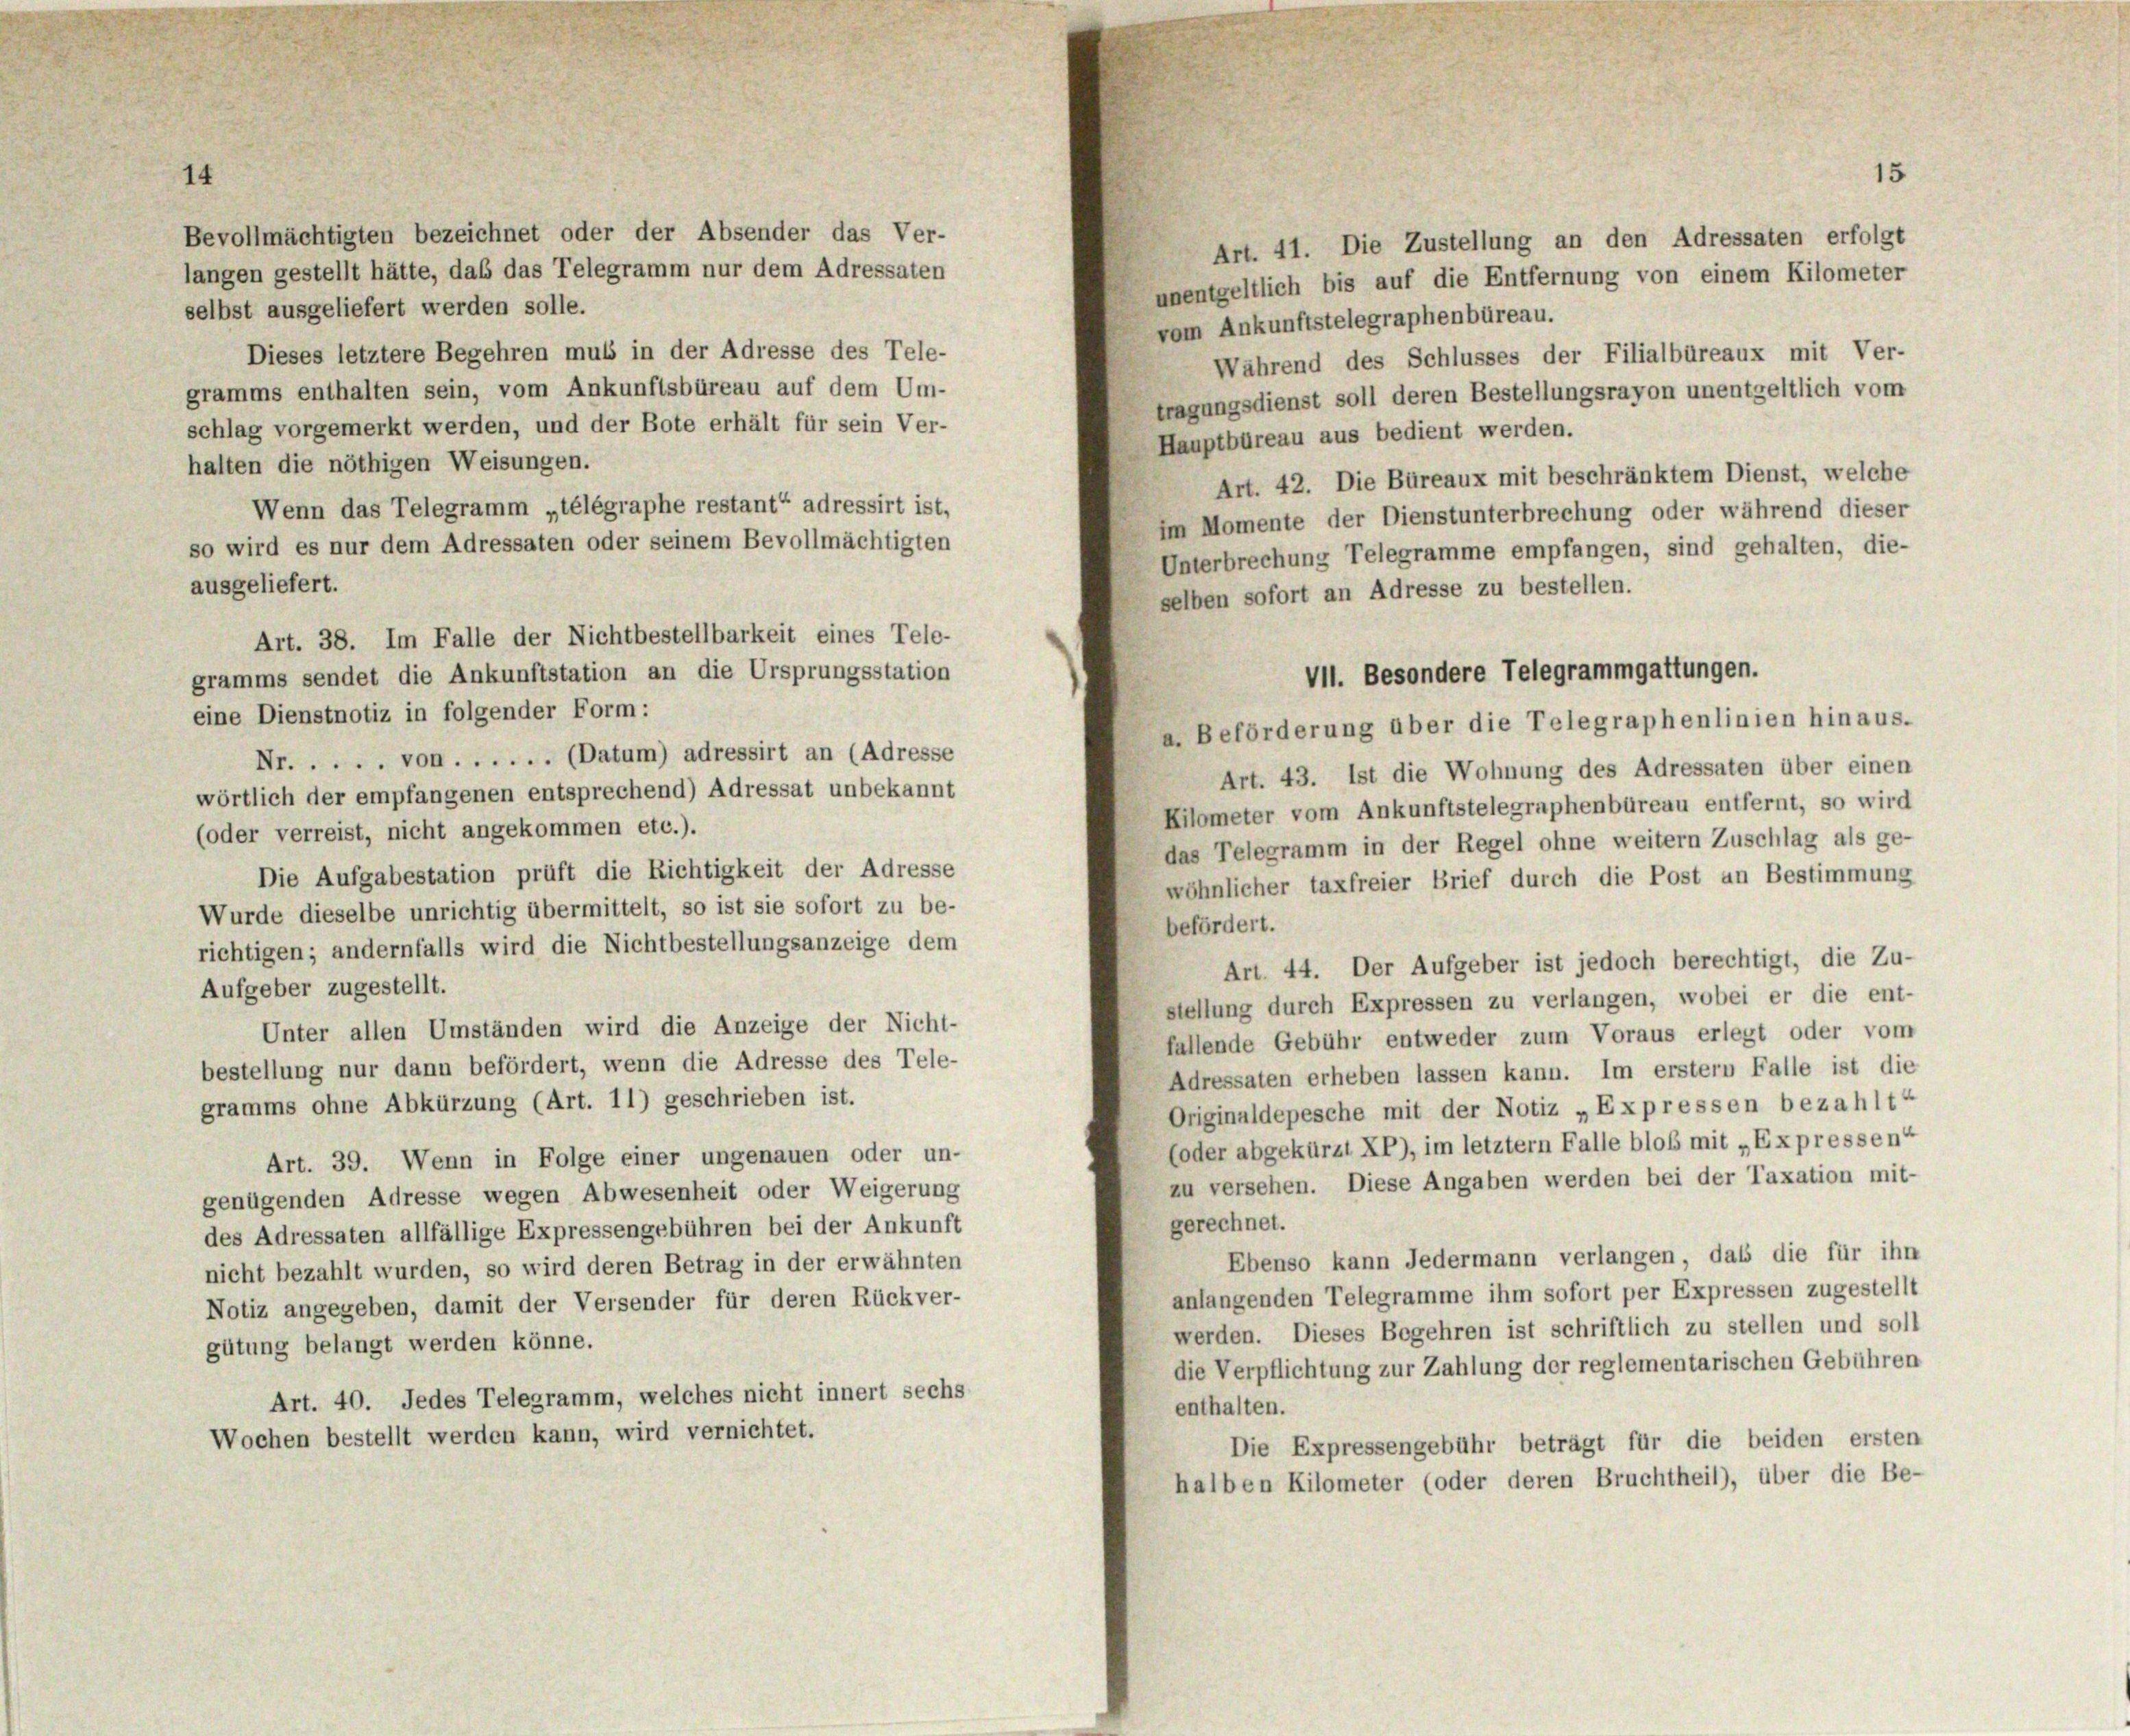
15
Bevollmächtigten bezeichnet oder der Absender das Ver-
Art. 41. Die Zustellung an den Adressaten erfolgt
langen gestellt hätte, daß das Telegramm nur dem Adressaten
unentgeltlich bis auf die Entfernung von einem Kilometer
selbst ausgeliefert werden solle.
vom Ankunftstelegraphenbüreau.
Dieses letztere Begehren muß in der Adresse des Tele-
Während des Schlusses der Filialbüreaux mit Ver-
gramms enthalten sein, vom Ankunftsbüreau auf dem Um-
tragungsdienst soll deren Bestellungsrayon unentgeltlich vom
schlag vorgemerkt werden, und der Bote erhält für sein Ver-
Hauptbüreau aus bedient werden.
halten die nöthigen Weisungen.
Art. 42. Die Büreaux mit beschränktem Dienst, welche
Wenn das Telegramm „télégraphe restant“ adressirt ist,
im Momente der Dienstunterbrechung oder während dieser
so wird es nur dem Adressaten oder seinem Bevollmächtigten
Unterbrechung Telegramme empfangen, sind gehalten, die-
ausgeliefert.
selben sofort an Adresse zu bestellen.
Art. 38. Im Falle der Nichtbestellbarkeit eines Tele-
gramms sendet die Ankunftstation an die Ursprungsstation
eine Dienstnotiz in folgender Form:
a. Beförderung über die Telegraphenlinien hinaus.
Nr..... von ...... (Datum) adressirt an (Adresse
Art. 43. Ist die Wohnung des Adressaten über einen
wörtlich der empfangenen entsprechend) Adressat unbekannt
Kilometer vom Ankunftstelegraphenbüreau entfernt, so wird
(oder verreist, nicht angekommen etc.).
das Telegramm in der Regel ohne weitern Zuschlag als ge-
Die Aufgabestation prüft die Richtigkeit der Adresse
wöhnlicher taxfreier Brief durch die Post an Bestimmung
Wurde dieselbe unrichtig übermittelt, so ist sie sofort zu be-
befördert.
richtigen; andernfalls wird die Nichtbestellungsanzeige dem
Art. 44. Der Aufgeber ist jedoch berechtigt, die Zu-
Aufgeber zugestellt.
stellung durch Expressen zu verlangen, wobei er die ent-
Unter allen Umständen wird die Anzeige der Nicht-
fallende Gebühr entweder zum Voraus erlegt oder vom
bestellung nur dann befördert, wenn die Adresse des Tele-
Adressaten erheben lassen kann. Im erstem Falle ist die
gramms ohne Abkürzung (Art. 11) geschrieben ist.
Originaldepesche mit der Notiz „Expressen bezahlt“
foder abgekürzt XP), im letztem Falle bloß mit „Expressen“
Art. 39. Wenn in Folge einer ungenauen oder un-
zu versehen. Diese Angaben werden bei der Taxation mit-
genügenden Adresse wegen Abwesenheit oder Weigerung
gerechnet.
des Adressaten allfällige Expressengebühren bei der Ankunft
Ebenso kann Jedermann verlangen, dass die für ihn
nicht bezahlt wurden, so wird deren Betrag in der erwähnten
anlangenden Telegramme ihm sofort per Expressen zugestellt
Notiz angegeben, damit der Versender für deren Rückver-
werden. Dieses Begehren ist schriftlich zu stellen und soll
gütung belangt werden könne.
die Verpflichtung zur Zahlung der reglementarischen Gebühren
Art. 40. Jedes Telegramm, welches nicht innert sechs
enthalten.
Wochen bestellt werden kann, wird vernichtet.
Die Expressengebühr beträgt für die beiden ersten
halben Kilometer (oder deren Bruchtheil), über die Be-

14

VII. Besondere Telegrammgattungen.